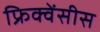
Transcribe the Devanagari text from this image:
फ्रिक्वेंसीस